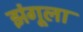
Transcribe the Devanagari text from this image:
झंगूला